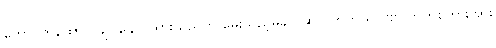
ကောင်ကထောင် ချုပ်နှောင်ထားသည်ကို မွေးသည့်မိခင် ဆိုပဲ တကယ်ပါဗျာ ဘက်စ်ကားအား